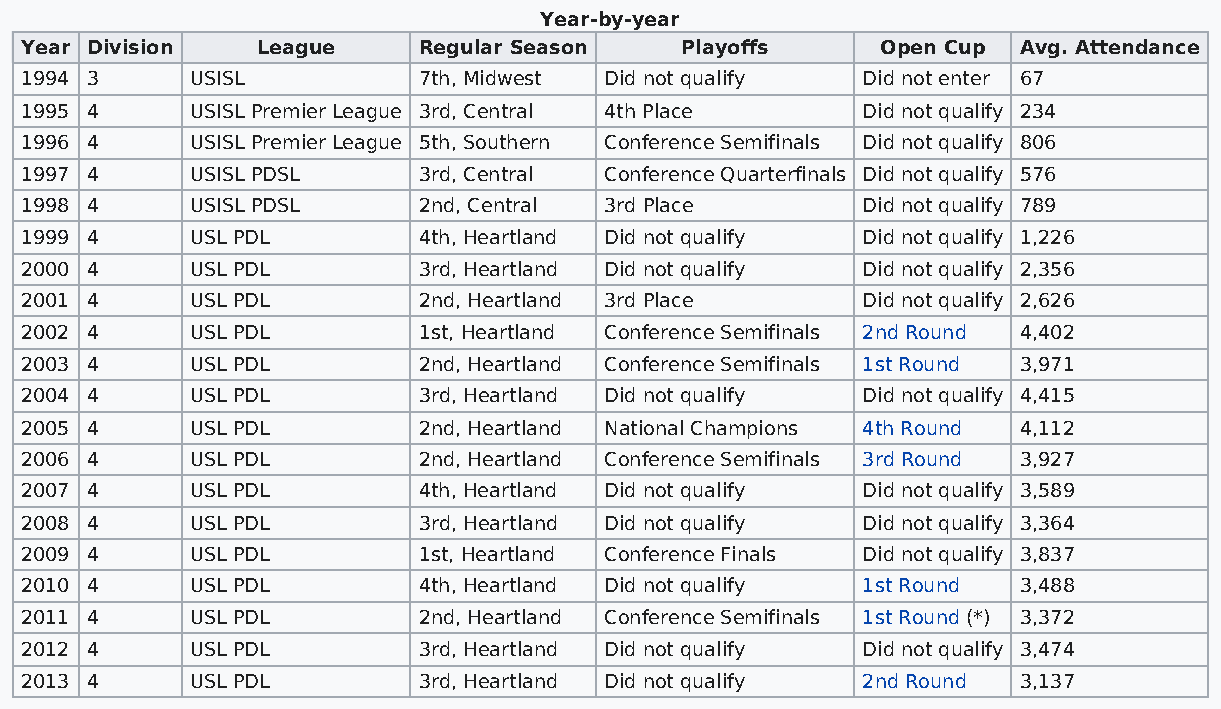
Year-by-year
 Year Division   League     Regular Season   Playoffs     Open Cup  Avg. Attendance
 1994 3      USISL          7th, Midwest Did not qualify Did not enter 67
 1995 4      USISL Premier League 3rd, Central 4th Place Did not qualify 234
 1996 4      USISL Premier League 5th, Southern Conference Semifinals Did not qualify 806
 1997 4      USISL PDSL     3rd, Central Conference Quarterfinals Did not qualify 576
 1998 4      USISL PDSL     2nd, Central 3rd Place       Did not qualify 789
 1999 4      USL PDL        4th, Heartland Did not qualify Did not qualify 1,226
 2000 4      USL PDL        3rd, Heartland Did not qualify Did not qualify 2,356
 2001 4      USL PDL        2nd, Heartland 3rd Place     Did not qualify 2,626
 2002 4      USL PDL        1st, Heartland Conference Semifinals 2nd Round 4,402
 2003 4      USL PDL        2nd, Heartland Conference Semifinals 1st Round 3,971
 2004 4      USL PDL        3rd, Heartland Did not qualify Did not qualify 4,415
 2005 4      USL PDL        2nd, Heartland National Champions 4th Round 4,112
 2006 4      USL PDL        2nd, Heartland Conference Semifinals 3rd Round 3,927
 2007 4      USL PDL        4th, Heartland Did not qualify Did not qualify 3,589
 2008 4      USL PDL        3rd, Heartland Did not qualify Did not qualify 3,364
 2009 4      USL PDL        1st, Heartland Conference Finals Did not qualify 3,837
 2010 4      USL PDL        4th, Heartland Did not qualify 1st Round 3,488
 2011 4      USL PDL        2nd, Heartland Conference Semifinals 1st Round (*) 3,372
 2012 4      USL PDL        3rd, Heartland Did not qualify Did not qualify 3,474
 2013 4      USL PDL        3rd, Heartland Did not qualify 2nd Round 3,137